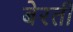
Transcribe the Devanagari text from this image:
बेरती